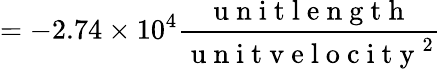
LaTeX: =-2.74\times 10^{4}\frac{\mathrm{~u~n~i~t~l~e~n~g~t~h~}}{\mathrm{~u~n~i~t~v~e~l~o~c~i~t~y~}^{2}}